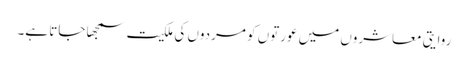
روایتی معاشروں میں عورتوں کو مردوں کی ملکیت سمجھا جاتا ہے۔